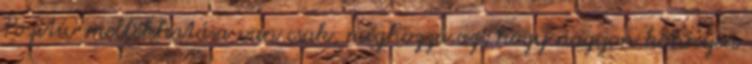
Pozitív mellékhatása van csak, méghozzá az, hogy nagyon könnyen